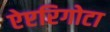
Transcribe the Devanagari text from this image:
ऐप्टरिगोटा